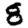
Digit: 8